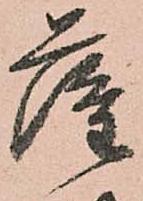
薩